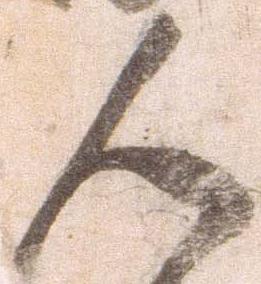
人